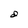
Character: d